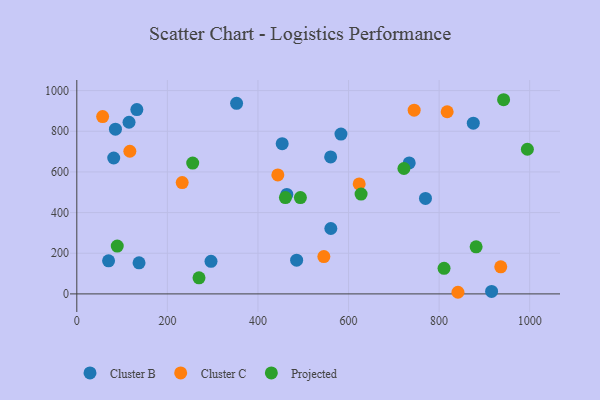
{"axis": {"x": "Investment", "y": "Yield"}, "legend": ["Cluster B", "Cluster C", "Projected"], "data": [{"x": "85.3", "y": 810.2, "type": "Cluster B"}, {"x": "560.9", "y": 321.7, "type": "Cluster B"}, {"x": "132.6", "y": 906.5, "type": "Cluster B"}, {"x": "453.5", "y": 739.1, "type": "Cluster B"}, {"x": "296.3", "y": 160.0, "type": "Cluster B"}, {"x": "915.9", "y": 12.1, "type": "Cluster B"}, {"x": "485.4", "y": 166.0, "type": "Cluster B"}, {"x": "352.8", "y": 937.2, "type": "Cluster B"}, {"x": "463.7", "y": 489.1, "type": "Cluster B"}, {"x": "70.1", "y": 162.6, "type": "Cluster B"}, {"x": "769.9", "y": 469.6, "type": "Cluster B"}, {"x": "875.5", "y": 839.8, "type": "Cluster B"}, {"x": "137.4", "y": 152.9, "type": "Cluster B"}, {"x": "81.5", "y": 668.4, "type": "Cluster B"}, {"x": "583.3", "y": 786.1, "type": "Cluster B"}, {"x": "115.3", "y": 844.3, "type": "Cluster B"}, {"x": "734.0", "y": 644.4, "type": "Cluster B"}, {"x": "560.5", "y": 673.9, "type": "Cluster B"}, {"x": "623.5", "y": 540.7, "type": "Cluster C"}, {"x": "57.0", "y": 872.3, "type": "Cluster C"}, {"x": "117.1", "y": 701.6, "type": "Cluster C"}, {"x": "443.9", "y": 585.3, "type": "Cluster C"}, {"x": "744.9", "y": 903.8, "type": "Cluster C"}, {"x": "936.1", "y": 133.4, "type": "Cluster C"}, {"x": "817.8", "y": 896.0, "type": "Cluster C"}, {"x": "232.7", "y": 547.7, "type": "Cluster C"}, {"x": "545.5", "y": 183.5, "type": "Cluster C"}, {"x": "841.6", "y": 8.0, "type": "Cluster C"}, {"x": "269.8", "y": 79.3, "type": "Projected"}, {"x": "994.9", "y": 711.6, "type": "Projected"}, {"x": "255.9", "y": 643.4, "type": "Projected"}, {"x": "627.7", "y": 490.8, "type": "Projected"}, {"x": "881.7", "y": 231.7, "type": "Projected"}, {"x": "493.7", "y": 473.7, "type": "Projected"}, {"x": "722.3", "y": 616.7, "type": "Projected"}, {"x": "460.6", "y": 473.9, "type": "Projected"}, {"x": "810.9", "y": 126.0, "type": "Projected"}, {"x": "942.4", "y": 955.1, "type": "Projected"}, {"x": "89.3", "y": 235.4, "type": "Projected"}]}